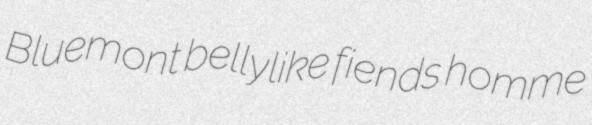
Bluemont bellylike fiends homme